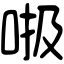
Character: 𠳖